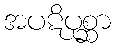
အပဋိပုစ္ဆာ